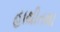
હાથીતથા